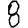
Digit: 8